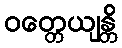
ဝတ္တေယျန္တိ